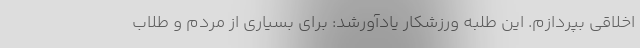
اخلاقی بپردازم. این طلبه ورزشکار یادآورشد: برای بسیاری از مردم و طلاب